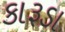
કારૂડા